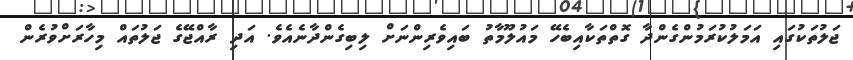
ޖަލުތަކުގައި އަމަލުކުރަމުންގެންދާ ގޮތްތަކާއިބެހޭ މައުލޫމާތު ބައިވެރިންނަށް ލިބިގެންދާނެއެވެ. އަދި ރާއްޖޭގެ ޖަލުތައް މިހާރަށްވުރެން